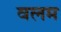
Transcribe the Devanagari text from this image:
वलम